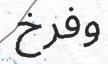
وفرخ